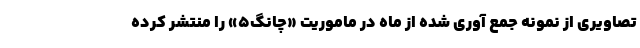
تصاویری از نمونه جمع آوری شده از ماه در ماموریت «چانگ۵» را منتشر کرده